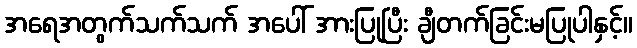
အရေအတွက်သက်သက် အပေါ် အားပြုပြီး ချီတက်ခြင်းမပြုပါနှင့်။